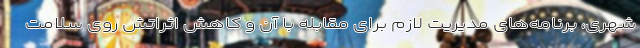
شهری، برنامه‌های مدیریت لازم برای مقابله با آن و کاهش اثراتش روی سلامت